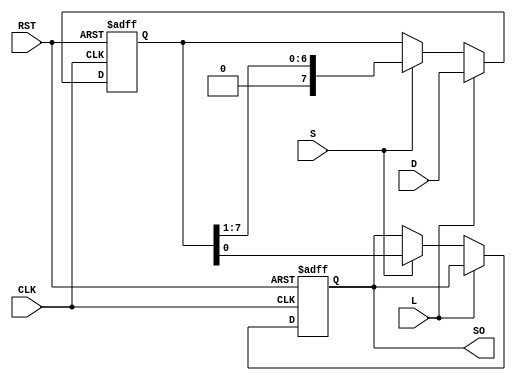
module loadable_piso #(
    parameter N = 8  // Parameter to define the number of bits in the register
)(
    input wire [N-1:0] D,     // Parallel data input
    input wire L,              // Load signal
    input wire S,              // Shift signal
    input wire CLK,            // Clock signal
    input wire RST,            // Reset signal
    output reg SO              // Serial output
);

    reg [N-1:0] shift_reg;     // Shift register to hold data

    always @(posedge CLK or posedge RST) begin
        if (RST) begin
            shift_reg <= {N{1'b0}}; // Reset all bits to 0
            SO <= 1'b0;             // Reset serial output
        end else if (L) begin
            shift_reg <= D;         // Load data into shift register
        end else if (S) begin
            SO <= shift_reg[0];     // Output the least significant bit (LSB)
            shift_reg <= {1'b0, shift_reg[N-1:1]}; // Shift right
        end
    end

endmodule